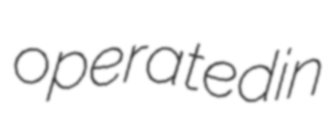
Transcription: operated in